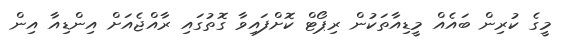
މީގެ ކުރިން ބައެއް މީޑިއާތަކުން ރިޕޯޓް ކޮށްފައިވާ ގޮތުގައި ރާއްޖެއަށް އިންޑިއާ އިން